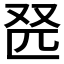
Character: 𫨹